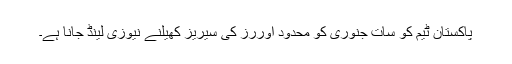
پاکستان ٹیم کو سات جنوری کو محدود اوررز کی سیریز کھیلنے نیوزی لینڈ جانا ہے۔